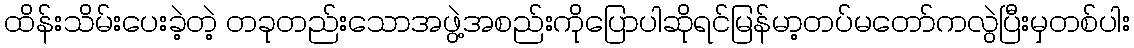
ထိန်းသိမ်းပေးခဲ့တဲ့ တခုတည်းသောအဖွဲ့အစည်းကိုပြောပါဆိုရင်မြန်မာ့တပ်မတော်ကလွဲပြီးမှတစ်ပါး